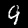
Digit: 9